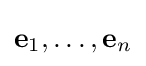
\mathbf {e} _{1},\ldots ,\mathbf {e} _{n}